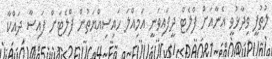
ލުތުފީ ވިދާޅުވީ އެނާއަށް ފްލެޓް ދީފައިވަނީ އަމިއްލަ ހައިސިއްޔަތުން ފްލެޓަށް ފައިސާ ދައްކާ